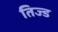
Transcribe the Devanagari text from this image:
तिज्ड